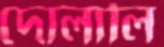
দোলালি